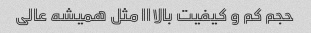
حجم کم و کیفیت بالااا مثل همیشه عالی